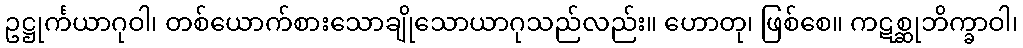
ဥဋ္ဌုင်္ကယာဂုဝါ၊ တစ်ယောက်စားသောချိုသောယာဂုသည်လည်း။ ဟောတု၊ ဖြစ်စေ။ ကဋစ္ဆုဘိက္ခာဝါ၊